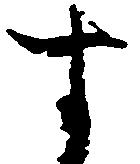
す